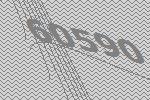
60590